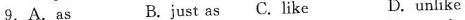
9.A.as B.just as C.like D.unlike